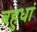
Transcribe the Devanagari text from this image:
बहुधां